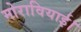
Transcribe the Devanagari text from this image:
मोरावियाई।